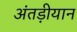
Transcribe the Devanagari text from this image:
अंतड़ीयान